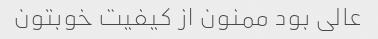
عالی بود ممنون از کیفیت خوبتون